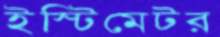
ইস্টিমেটর